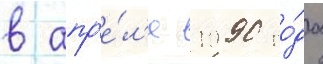
в апр'е́л'е 1990 го́да